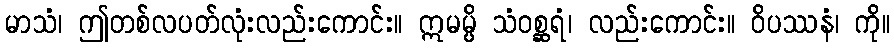
မာသံ၊ ဤတစ်လပတ်လုံးလည်းကောင်း။ ဣမမ္ပိ သံဝစ္ဆရံ၊ လည်းကောင်း။ ဝိပဿနံ၊ ကို။